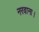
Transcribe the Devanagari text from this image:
नरवाना।